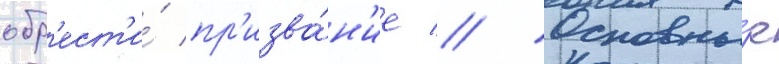
обр'ест'и́ пр'изва́н'ие // Основны́е